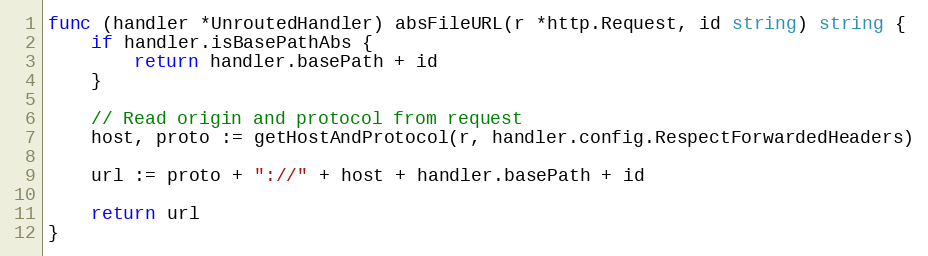
Language: Go
func (handler *UnroutedHandler) absFileURL(r *http.Request, id string) string {
	if handler.isBasePathAbs {
		return handler.basePath + id
	}

	// Read origin and protocol from request
	host, proto := getHostAndProtocol(r, handler.config.RespectForwardedHeaders)

	url := proto + "://" + host + handler.basePath + id

	return url
}